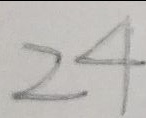
2 4